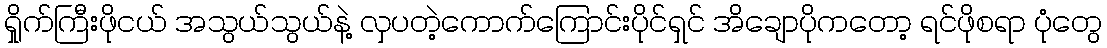
ရှိုက်ကြီးဖိုငယ် အသွယ်သွယ်နဲ့ လှပတဲ့ကောက်ကြောင်းပိုင်ရှင် အိချောပိုကတော့ ရင်ဖိုစရာ ပုံတွေ